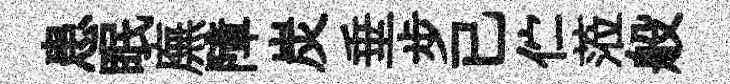
患眠廡障炭垂步已伫蒞般